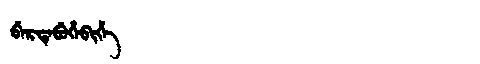
Manchu: ᠪᡝᡵᡨᡝᠪᡠᡥᡝᠪᡳᡥᡝ
Romanization: BERTEBUHEBIHE